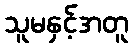
သူမနှင့်အတူ